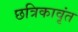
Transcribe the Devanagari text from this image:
छत्रिकावृंत